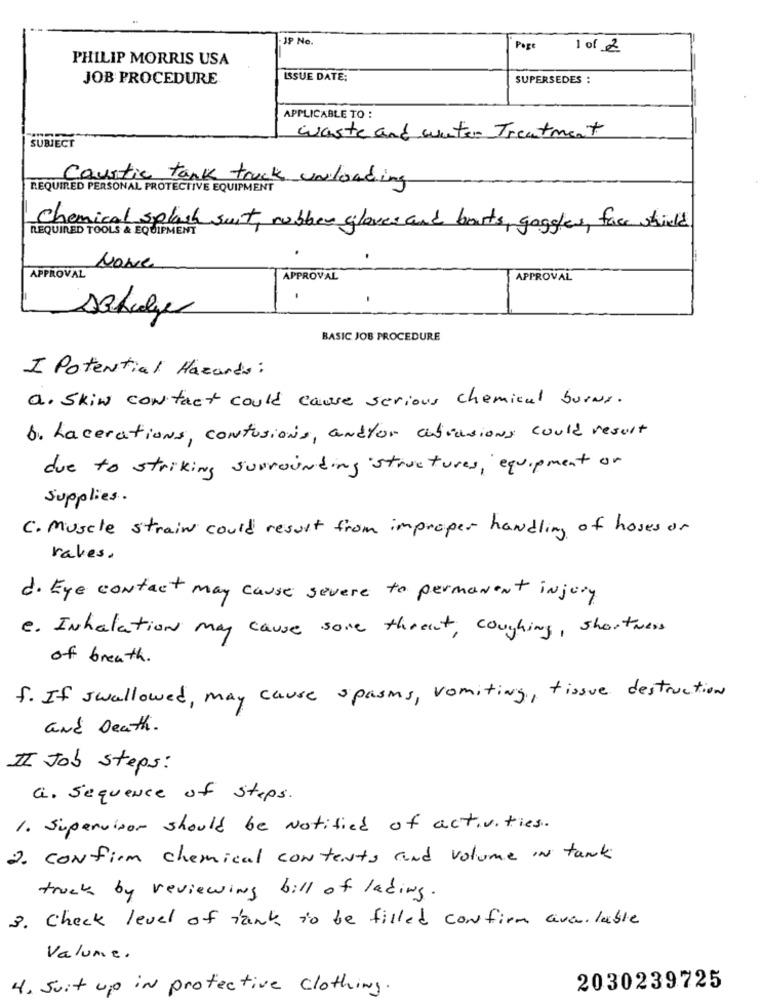
19 Ne.
Page
1 of 2
PHILIP MORRIS USA
JOB PROCEDURE
ISSUE DATE:
SUPERSEDES :
APPLICABLE TO :
SUBJECT
waste and water Treatment
Caustic tank truck unloading
REQUIRED PERSONAL PROTECTIVE EQUIPMENT
REQUIRED TOOLS & EQUIPMENT
Chemical splash suit, rubber gloves and boots, goggles, face shield
APPROVAL
APPROVAL
APPROVAL
schulze
BASIC JOB PROCEDURE
I Potential Hazardo:
a. Skiw contact could cause serious chemical burns.
6. Lacerations, contusions, andyor abrasions could result
due to striking surrounding structures, equipment on
supplies .
C. Muscle strain could result from improper handling of hoses or
rates.
d. Eye contact may cause severe to permanent injury
e. Inhalation may cause some threat, coughing, shortness
of breath .
f. If swallowed, may cause spasms, vomiting, tissue destruction
and Death.
II Job steps:
a. Sequence of steps.
1. Supervisor should be Notified of activities.
2. Confirm chemical contents and volume IN tank
truck by reviewing bill of lading.
3. Check level of tank to be filled confirm available
Valume.
4. Suit up in protective clothing.
2030239725